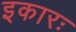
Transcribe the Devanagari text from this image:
इकारः